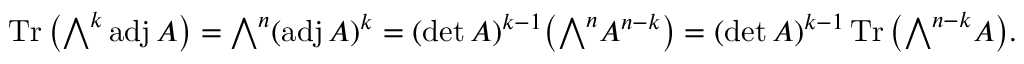
\operatorname { T r } { \bigl ( } { \textstyle \bigwedge } ^ { k } \operatorname { a d j } A { \bigr ) } = { \textstyle \bigwedge } ^ { n } ( \operatorname { a d j } A ) ^ { k } = ( \operatorname* { d e t } A ) ^ { k - 1 } { \bigl ( } { \textstyle \bigwedge } ^ { n } A ^ { n - k } { \bigr ) } = ( \operatorname* { d e t } A ) ^ { k - 1 } \operatorname { T r } { \bigl ( } { \textstyle \bigwedge } ^ { n - k } A { \bigr ) } .